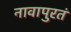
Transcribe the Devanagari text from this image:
नावापुरतं